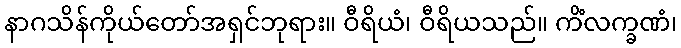
နာဂသိန်ကိုယ်တော်အရှင်ဘုရား။ ဝီရိယံ၊ ဝီရိယသည်။ ကိံလက္ခဏံ၊